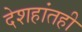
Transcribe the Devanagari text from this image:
देशहांतही